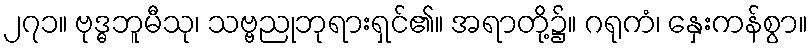
၂၇၁။ ဗုဒ္ဓဘူမီသု၊ သဗ္ဗညုဘုရားရှင်၏။ အရာတို့၌။ ဂရုကံ၊ နှေးကန်စွာ။